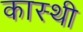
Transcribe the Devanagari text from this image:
कास्थी